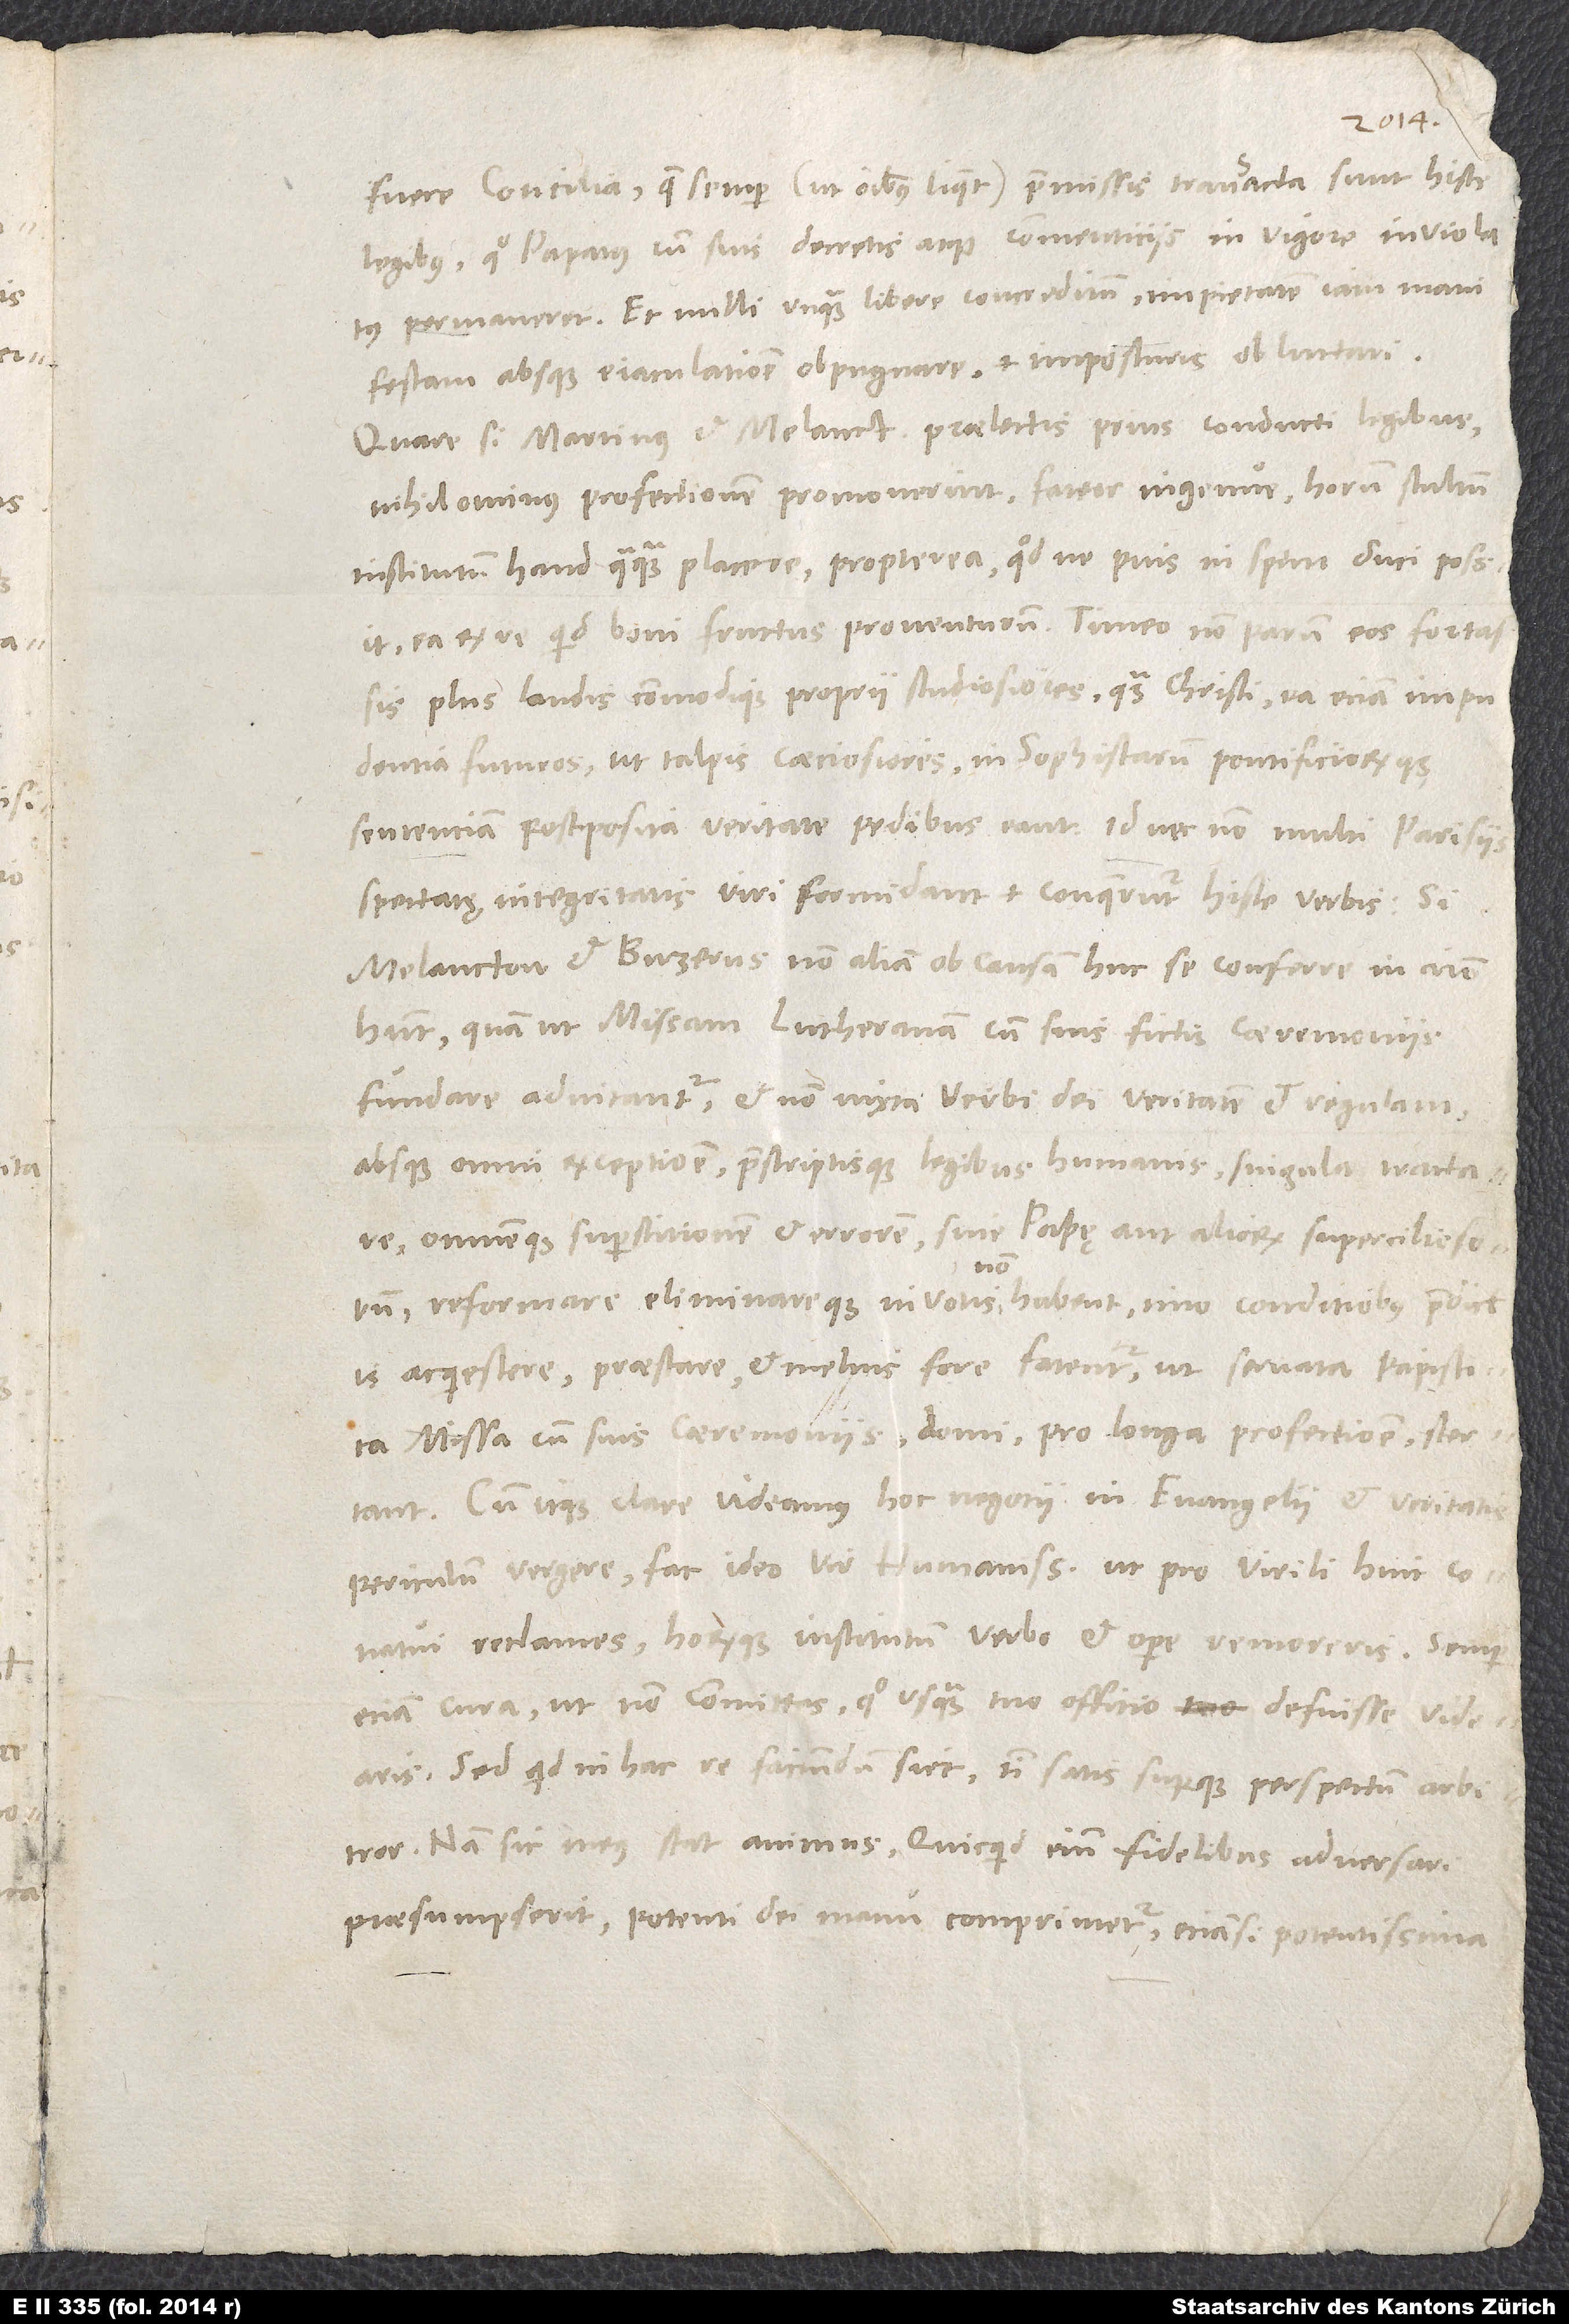
fuere concilia, quae semper (ut omnibus liquet) praemissis transacta sunt hisce
legibus, quo papatus cum suis decretis atque commenticiis in vigore inviolatus
permaneret, et nulli unquam libere concreditum impietatem iam manifestam
absque eiaculatione obpugnare et imposturis obluctari.
Quare si Martinus et Melancton praelectis prius conducti legibus
nihilominus profectionem promoverint, fateor ingenue horum stultum
institutum haud quaquam placere, propterea quod ne pius in spem duci possit
ea ex re quid boni fructus proventurum. Timeo non parum eos fortassis
plus laudis commodique proprii studiosiores quam Christi ea eciam impudentia
futuros, ut talpis caeciosiores in sophistarum pontificiorumque
sententiam postposita veritate pedibus eant. Id nec non multi Parisiis
spectatę integritatis viri formidant et conqueruntur hisce verbis: Si
Melancton et Buzerus non aliam ob causam huc se conferre in animo
habent, quam ut missam Lutheranam cum suis fictis caeremoniis
fundare adnitantur, et non iuxta verbi dei veritatem et regulam
absque omni exceptione praescriptisque legibus humanis singula tractare
omnemque superstitionem et errorem sive papę aut aliorum superciliosorum
reformare eliminareque in votis non habent, imo conditionibus praedictis
acquiescere, praestare et melius fore fatentur, ut servata papistica
missa cum suis caeremoniis domi pro longa profectione stertant.
Cum itaque clare videamus hoc negotii in evangelii et veritatis
periculum vergere, fac ideo, vir humanissime, ut pro virili huic conatui
reclames horumque institutum verbo et opere remoreris. Semper
eciam cura, ut non committas, quo usquam tuo offitio defuisse videaris.
Sed quid in hac re faciundum siet, tibi satis superque perspectum arbitror.
Nam sic meus stat animus: Quicquid enim fidelibus adversari
praesumpserit, potenti dei manu comprimetur. Eciamsi potentissima